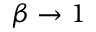
\beta \rightarrow 1